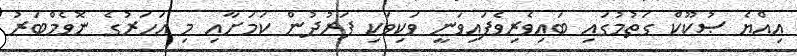
އިއްޔެ ޞުކޫކް ގަތުމުގައި ބައިވެރިވެފައިވަނީ ވަކިވަކި ފަރުދުން ކަމަށާއި މި އަހަރުގެ ނޮވެމްބަރު